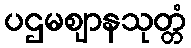
ပဌမဈာနသုတ္တံ